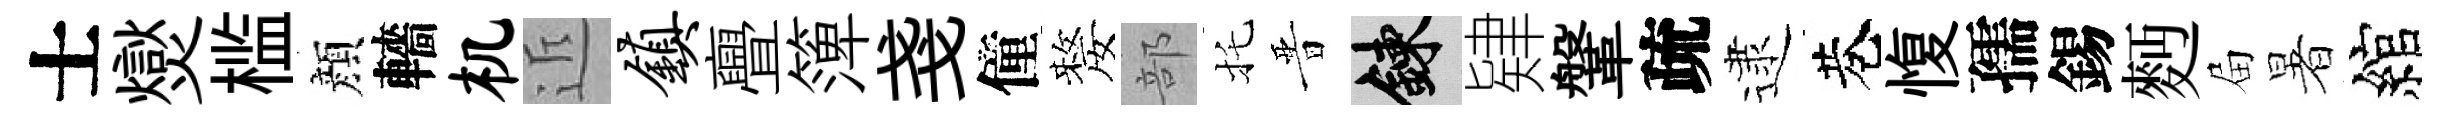
士爕槛顔轖机近镇亹𥱼戔僮嫠部托晋練肄鞶疏逮巷愎孺錫麪屇暑綰